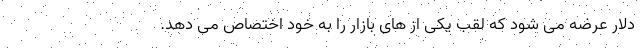
دلار عرضه می شود که لقب یکی از های بازار را به خود اختصاص می دهد.